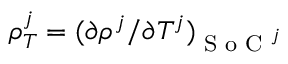
\rho _ { T } ^ { j } = ( \partial \rho ^ { j } / \partial T ^ { j } ) _ { \textrm { S o C } ^ { j } }